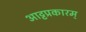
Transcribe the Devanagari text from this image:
आट्टप्रकारम्